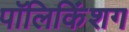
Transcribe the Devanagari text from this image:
पॉलिकिंशग